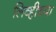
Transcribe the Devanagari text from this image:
लिव्हीच्या